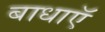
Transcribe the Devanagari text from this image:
बाधाऍ